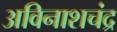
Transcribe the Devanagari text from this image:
अविनाशचंद्र